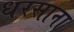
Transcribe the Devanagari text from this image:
धरसाना